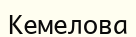
Кемелова